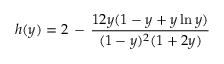
h ( y ) = 2 \, - \, { \frac { 1 2 y ( 1 - y + y \ln y ) } { ( 1 - y ) ^ { 2 } ( 1 + 2 y ) } }